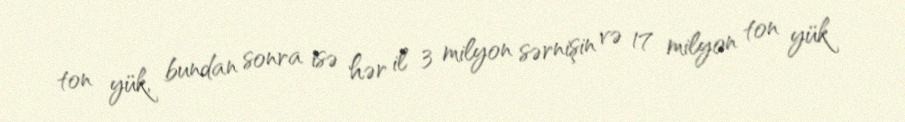
ton yük, bundan sonra isə hər il 3 milyon sərnişin və 17 milyon ton yük